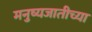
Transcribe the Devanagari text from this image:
मनुष्यजातीच्या